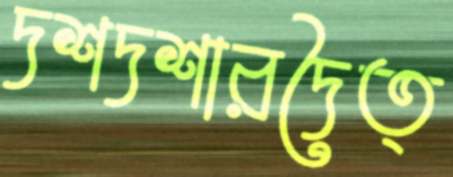
দশদশারদৈত্